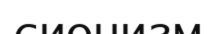
сионизм